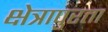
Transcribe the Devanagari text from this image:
क्षेत्रापुरता